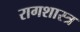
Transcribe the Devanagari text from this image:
रागशास्त्र